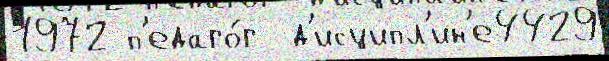
1972 п'едаго́г  д'исципл'ин'е4429